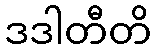
ဒဒါတီတိ